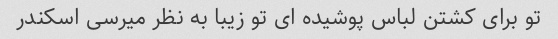
تو برای کشتن لباس پوشیده ای تو زیبا به نظر میرسی اسکندر